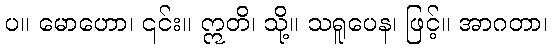
ပ။ မောဟော၊ ၎င်း။ ဣတိ၊ သို့။ သရူပေန၊ ဖြင့်။ အာဂတာ၊